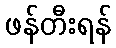
ဖန်တီးရန်